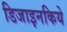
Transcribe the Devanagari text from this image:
डिजाइनकिये